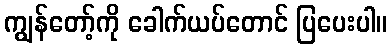
ကျွန်တော့်ကို ခေါက်ယပ်တောင် ပြပေးပါ။